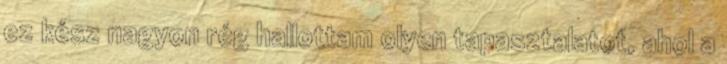
ez kész nagyon rég hallottam olyen tapasztalatot, ahol a